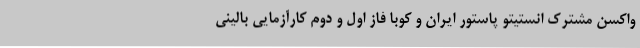
واکسن مشترک انستیتو پاستور ایران و کوبا فاز اول و دوم کارآزمایی بالینی